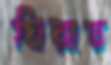
ঘিরায়